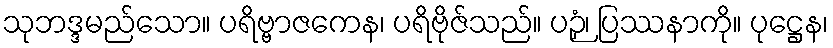
သုဘဒ္ဒမည်သော။ ပရိဗ္ဗာဇကေန၊ ပရိဗိုဇ်သည်။ ပဉှံ၊ ပြဿနာကို။ ပုဋ္ဌေန၊